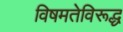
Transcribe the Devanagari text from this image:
विषमतेविरूद्ध